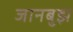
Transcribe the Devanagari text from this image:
जानबुझ